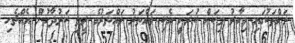
ރަށްތަކުގައި މިހާރު މިކަން ކުރަނީ އެކި ވައްތަރު ވައްތަރުގެ ރީތި ކަރުދާހުން އެއްޗެހި